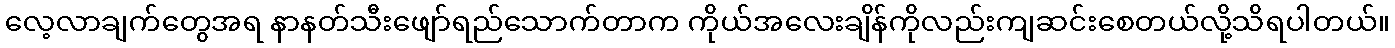
လေ့လာချက်တွေအရ နာနတ်သီးဖျော်ရည်သောက်တာက ကိုယ်အလေးချိန်ကိုလည်းကျဆင်းစေတယ်လို့သိရပါတယ်။